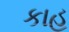
કાહ